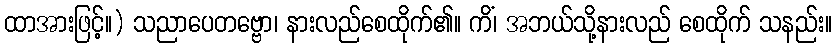
ထာအားဖြင့်။) သညာပေတဗ္ဗော၊ နားလည်စေထိုက်၏။ ကိံ၊ အဘယ်သို့နားလည် စေထိုက် သနည်း။